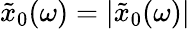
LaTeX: \tilde{x}_{0}(\omega)=\lvert\tilde{x}_{0}(\omega)\rvert